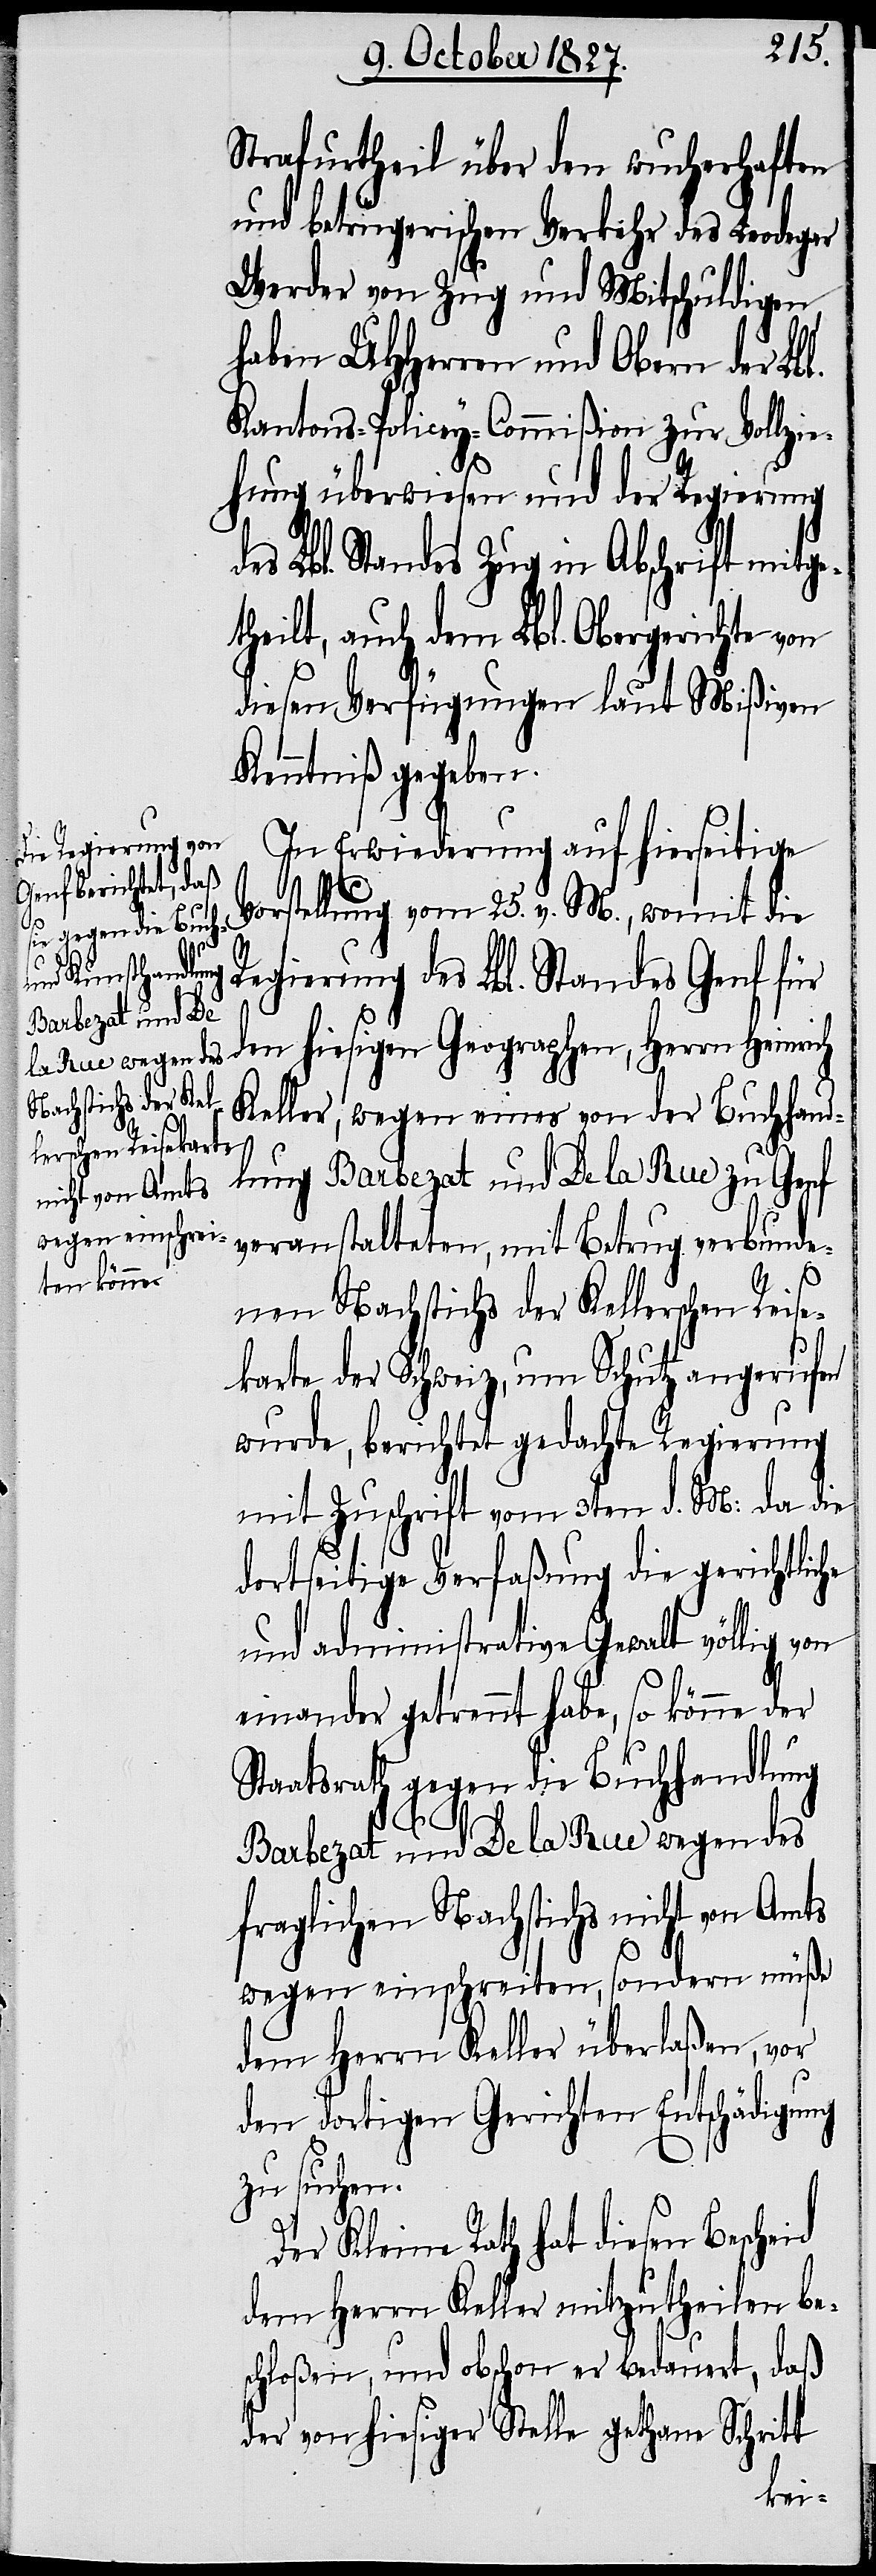
Strafurtheil über den wucherhaften
und betrügerischen Verkehr des Leodegar
Werder von Zug und Mitschuldigen
haben UHHerren und Obern der Lbl.
Kantons-Policey-Commißion zur Vollzie¬
hung überwiesen und der Regierung
es Lbl. Standes Zug in Abschrift mitge¬
theilt, auch dem Lbl. Obergerichte von
diesen Verfügungen laut Mißiven
Kenntniß gegeben.
In Erwiederung auf hierseitige
Vorstellung vom 25. v. M., womit die
Regierung des Lbl. Standes Genf für
den hiesigen Geographen, Herrn Heinrich
Keller, wegen eines von der Buchhand¬
lung Barbezat und De la Rue zu Genf
veranstalteten, mit Betrug verbunde¬
nen Nachstichs der Kellerschen Reise¬
karte der Schweiz, um Schutz angerufen
wurde, berichtet gedachte Regierung
mit Zuschrift vom 3ten d. M: da die
dortseitige Verfaßung die gerichtliche
und administrative Gewalt völlig von
einander getrennt habe, so könne der
Staatsrath gegen die Buchhandlung
Barbezat und De la Rue wegen des
fraglichen Nachstichs nicht von Amts
d¬
wegen einschreiten, sondern müße
dem Herrn Keller überlaßen, vor
den dortigen Gerichten Entschädigung
zu suchen.
Der Kleine Rath hat diesen Bescheid
dem Herrn Keller mitzutheilen be¬
schloßen, und obschon er bedauert, daß
der von hiesiger Stelle gethane Schritt